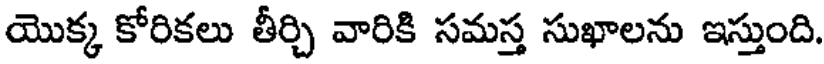
యొక్క కోరికలు తీర్చి వారికి సమస్త సుఖాలను ఇస్తుంది.